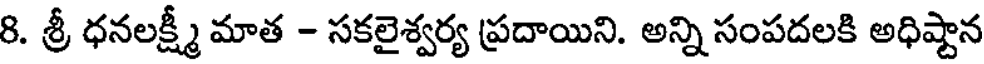
8. శ్రీ ధనలక్ష్మీ మాత - సకలైశ్వర్య ప్రదాయిని. అన్ని సంపదలకి అధిష్టాన